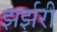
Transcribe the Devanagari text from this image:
झर्झरी